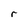
Character: r